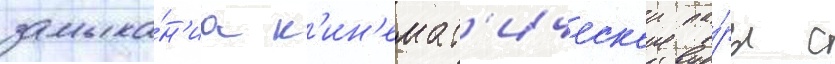
замыка́н'иа к'ин'емат'ическои па́ры с